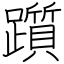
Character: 躓